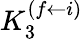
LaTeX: K_{3}^{(f\leftarrow i)}